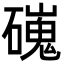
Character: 䃬